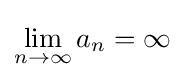
\lim _{n\rightarrow \infty }a_{n}=\infty